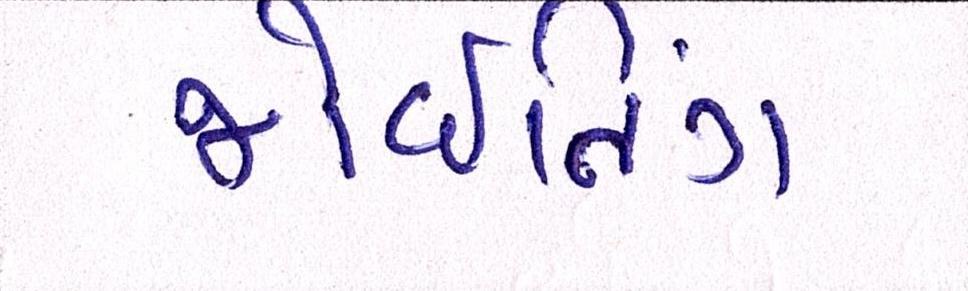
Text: જોઇનિંગ